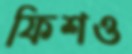
ফিশও